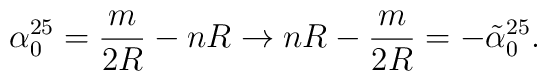
\alpha_0^{25} = \frac {m}{2R} -nR \rightarrow nR - \frac {m}{2R} = - \tilde{\alpha}_0^{25}.